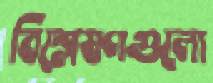
বিশ্লেষণগুলো